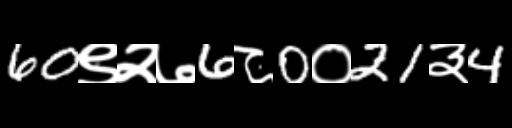
Text: 60९२७6८0०21३4